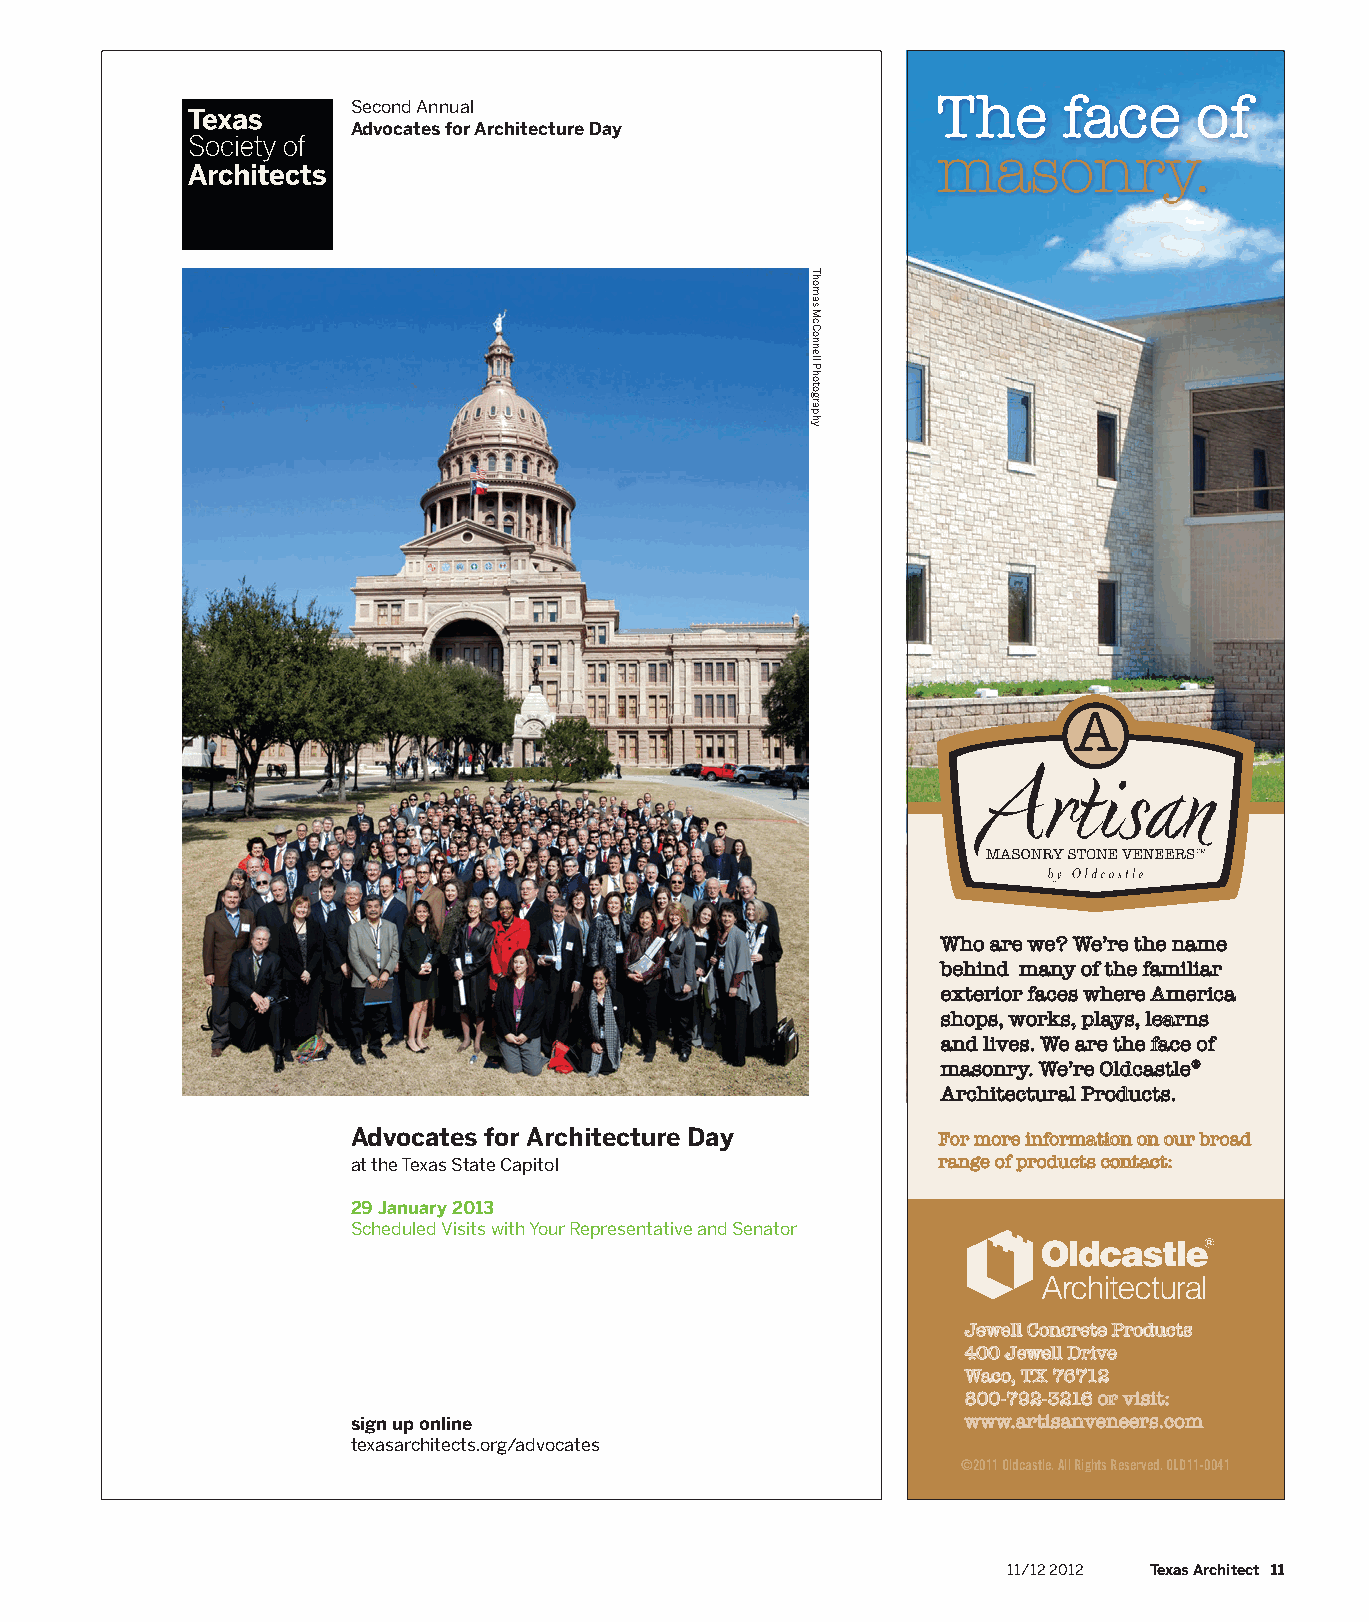
The     face     of
 Second Annual
 Advocates for Architecture Day
 masonry.
 Who are we? We’re the name
 behind many of the familiar
 exterior faces where America
 shops, works, plays, learns
 and lives. We are the face of
 masonry. We’re Oldcastle®
 Architectural Products.
 Advocates for Architecture Day         For more information on our broad
 at the Texas State Capitol             range of products contact:
 29 January 2013
 Scheduled Visits with Your Representative and Senator
 Jewell Concrete Products
 400 Jewell Drive
 Waco, TX 76712
 800-792-3216 or visit:
 sign up online                           www.artisanveneers.com
 texasarchitects.org/advocates
 ©2011 Oldcastle. All Rights Reserved. OLD11-0041
 11/12 2012 Texas Architect 11
 Thomas
 McConnell
 Photography